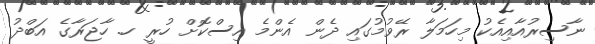
ނާސިރުއާއިއެކު މިހަމަލާ ރޭވުމުގައި ދެން އެންމެ އިސްކޮށް ހުރީ ހ. ހާޖަރާގެ އަބްދު